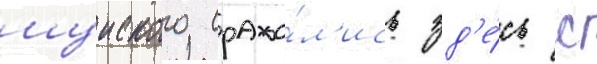
шуиского сража́л'ись зд'е́сь с